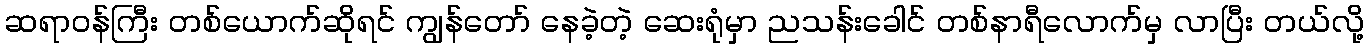
ဆရာဝန်ကြီး တစ်ယောက်ဆိုရင် ကျွန်တော် နေခဲ့တဲ့ ဆေးရုံမှာ ညသန်းခေါင် တစ်နာရီလောက်မှ လာပြီး တယ်လို့